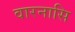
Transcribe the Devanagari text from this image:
वारनासि